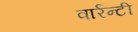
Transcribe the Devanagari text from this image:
वार्रन्टी